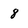
Character: 8